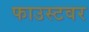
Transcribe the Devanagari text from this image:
फाउस्टवर